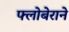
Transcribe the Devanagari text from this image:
फ्लोबेराने